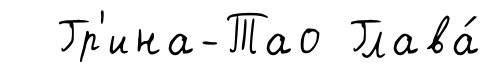
Гр'ина-Тао Глава́